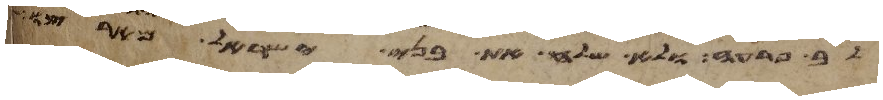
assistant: לב פרעה ולא שלח את בני ישראל מארצו